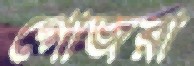
গোজরা